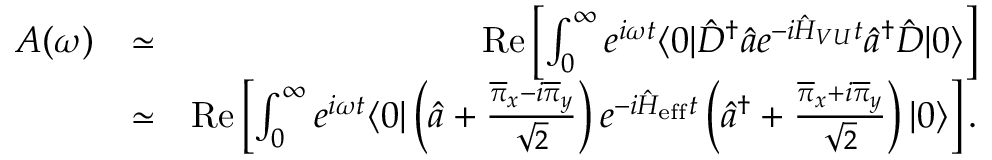
\begin{array} { r l r } { A ( \omega ) } & { \simeq } & { \mathrm { R e } \left[ \int _ { 0 } ^ { \infty } e ^ { i \omega t } \langle 0 | \hat { D } ^ { \dagger } \hat { a } e ^ { - i \hat { H } _ { V U } t } \hat { a } ^ { \dagger } \hat { D } | 0 \rangle \right] } \\ & { \simeq } & { \mathrm { R e } \left[ \int _ { 0 } ^ { \infty } e ^ { i \omega t } \langle 0 | \left( \hat { a } + \frac { \overline { { \pi } } _ { x } - i \overline { { \pi } } _ { y } } { \sqrt { 2 } } \right) e ^ { - i \hat { H } _ { \mathrm { e f f } } t } \left( \hat { a } ^ { \dagger } + \frac { \overline { { \pi } } _ { x } + i \overline { { \pi } } _ { y } } { \sqrt { 2 } } \right) | 0 \rangle \right] . } \end{array}